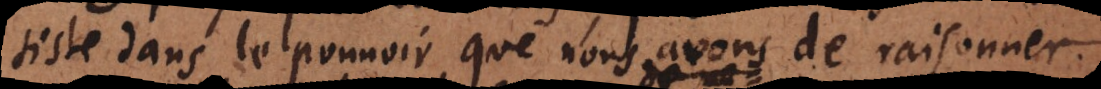
siste dans le pouvoir que nous avons de raisonner